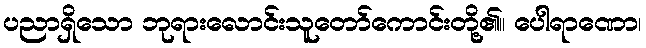
ပညာရှိသော ဘုရားလောင်းသူတော်ကောင်းတို့၏။ ပေါရာဏော၊